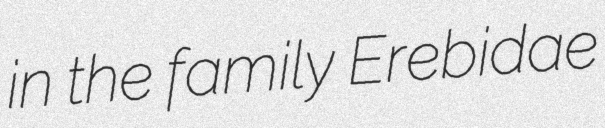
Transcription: in the family Erebidae